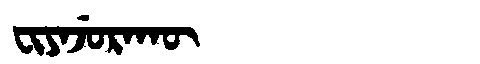
Manchu: ᠸᡳᠶᠠᠵᡠᡵᠠᡴᡡ
Romanization: FIYAJURAKŪ